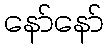
နော်နော်